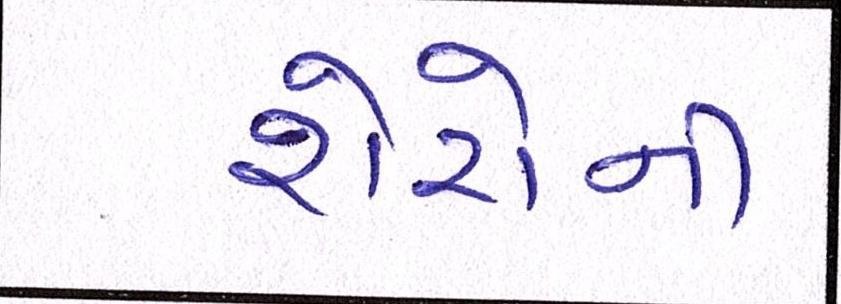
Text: શેરોની